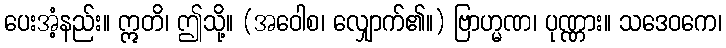
ပေးအံ့နည်း။ ဣတိ၊ ဤသို့။ (အဝေါစ၊ လျှောက်၏။) ဗြာဟ္မဏ၊ ပုဏ္ဏား။ သဒေဝကေ၊